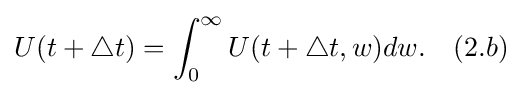
U(t+\bigtriangleup t)=\int _{0}^{\infty }U(t+\bigtriangleup t,w)dw.\quad (2.b)